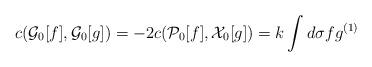
LaTeX: \begin{align*}c({\cal G}_0[f],{\cal G}_0[g]) =- 2 c({\cal P}_0[f],{\cal X}_0[g])= k \int d\sigma f g^{(1)}\end{align*}